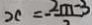
x = - \frac { 2 m - 3 } { 2 }